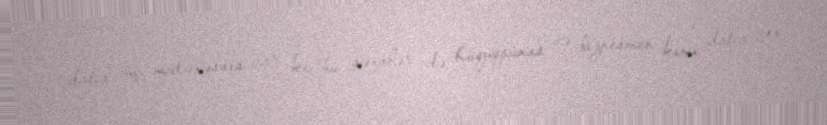
daha üç mütəxəssis var ki, bu şəxslər də hüquqşünas və biznesmen kimi daha çox